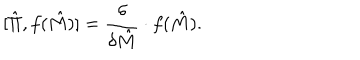
[ \hat { \Pi } , f ( \hat { M } ) ] = { \frac { \delta } { \delta \hat { M } } } \cdot f ( \hat { M } ) .